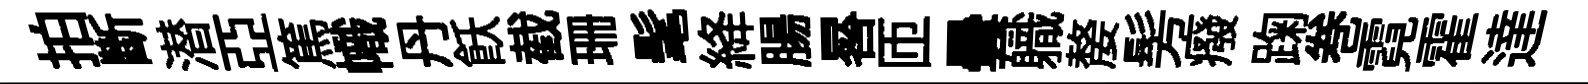
拍斷潜亞篤幟丹飫截珊髦絳腸晷匝曇軄嫠髣癈踘巻霓霍達